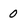
Character: 0